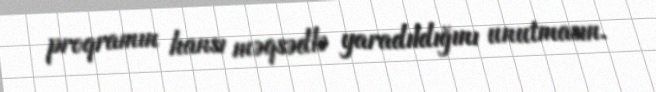
proqramın hansı məqsədlə yaradıldığını unutmasın.